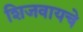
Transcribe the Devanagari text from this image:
शिजवायचे